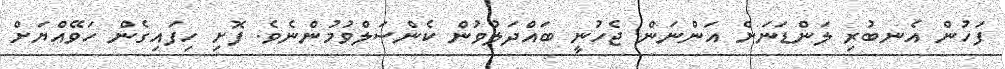
ފަހުން އެނބުރި ލަންޑަނަށް އަންނަން ޖެހުނީ ބައްދަލުވުން ކެންސަލްވުމުންނެވެ. ފޮށި ހިފައިގެން ހަވޭއްޔަށް